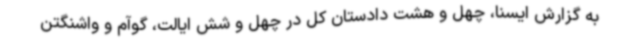
به گزارش ایسنا، چهل و هشت دادستان کل در چهل و شش ایالت، گوآم و واشنگتن